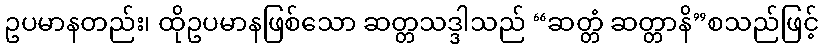
ဥပမာနတည်း၊ ထိုဥပမာနဖြစ်သော ဆတ္တသဒ္ဒါသည် “ဆတ္တံ ဆတ္တာနိ”စသည်ဖြင့်